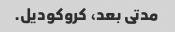
مدتی بعد، کروکودیل.